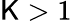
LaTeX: \mathsf{K}>1